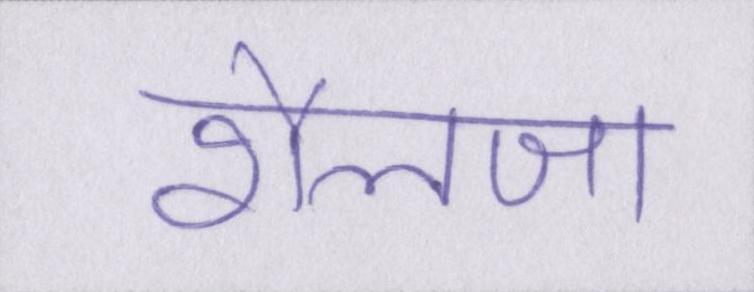
शैलजा